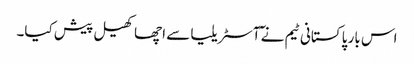
اس بار پاکستانی ٹیم نے ٓآسٹریلیا سے اچھا کھیل پیش کیا۔